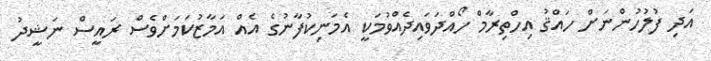
އަދި ފުލުހުންނަށް ހައްޤު އިހްތިރާމް ހޯއްދަވައިދެއްވުމަކީ އެމަނިކުފާނުގެ އެއް އަމާޒުކަމަށްވެސް ރައީސް ނަޝީދު